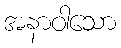
အနာဝါသော